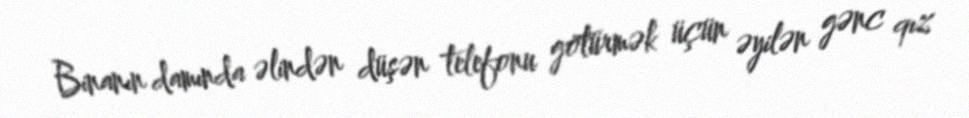
Binanın damında əlindən düşən telefonu götürmək üçün əyilən gənc qız